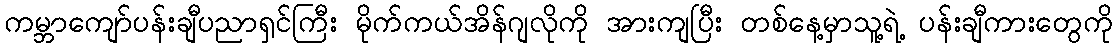
ကမ္ဘာကျော်ပန်းချီပညာရှင်ကြီး မိုက်ကယ်အိန်ဂျလိုကို အားကျပြီး တစ်နေ့မှာသူ့ရဲ့ ပန်းချီကားတွေကို